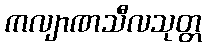
ကလျာဏသီလသုတ္တ